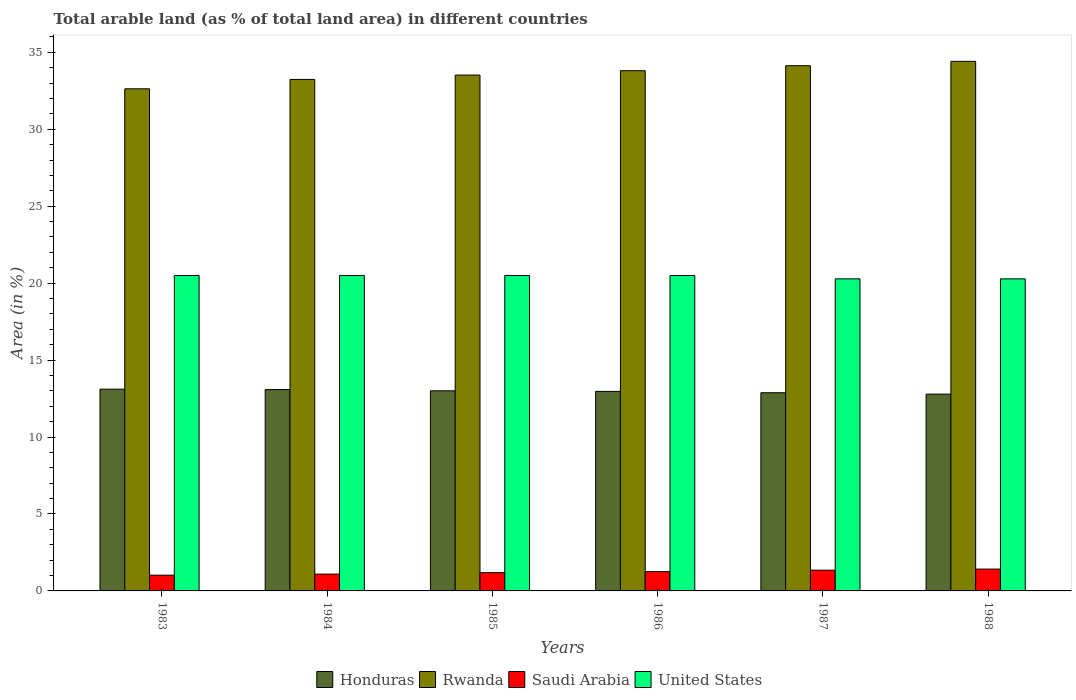
| Years | Honduras | Rwanda | Saudi Arabia | United States |
 | --- | --- | --- | --- | --- |
 | 1983 | 13.1 | 32.6 | 1.02 | 20.5 |
 | 1984 | 13.1 | 33.2 | 1.09 | 20.5 |
 | 1985 | 13 | 33.5 | 1.19 | 20.5 |
 | 1986 | 13 | 33.8 | 1.26 | 20.5 |
 | 1987 | 12.9 | 34.1 | 1.35 | 20.3 |
 | 1988 | 12.8 | 34.4 | 1.42 | 20.3 |